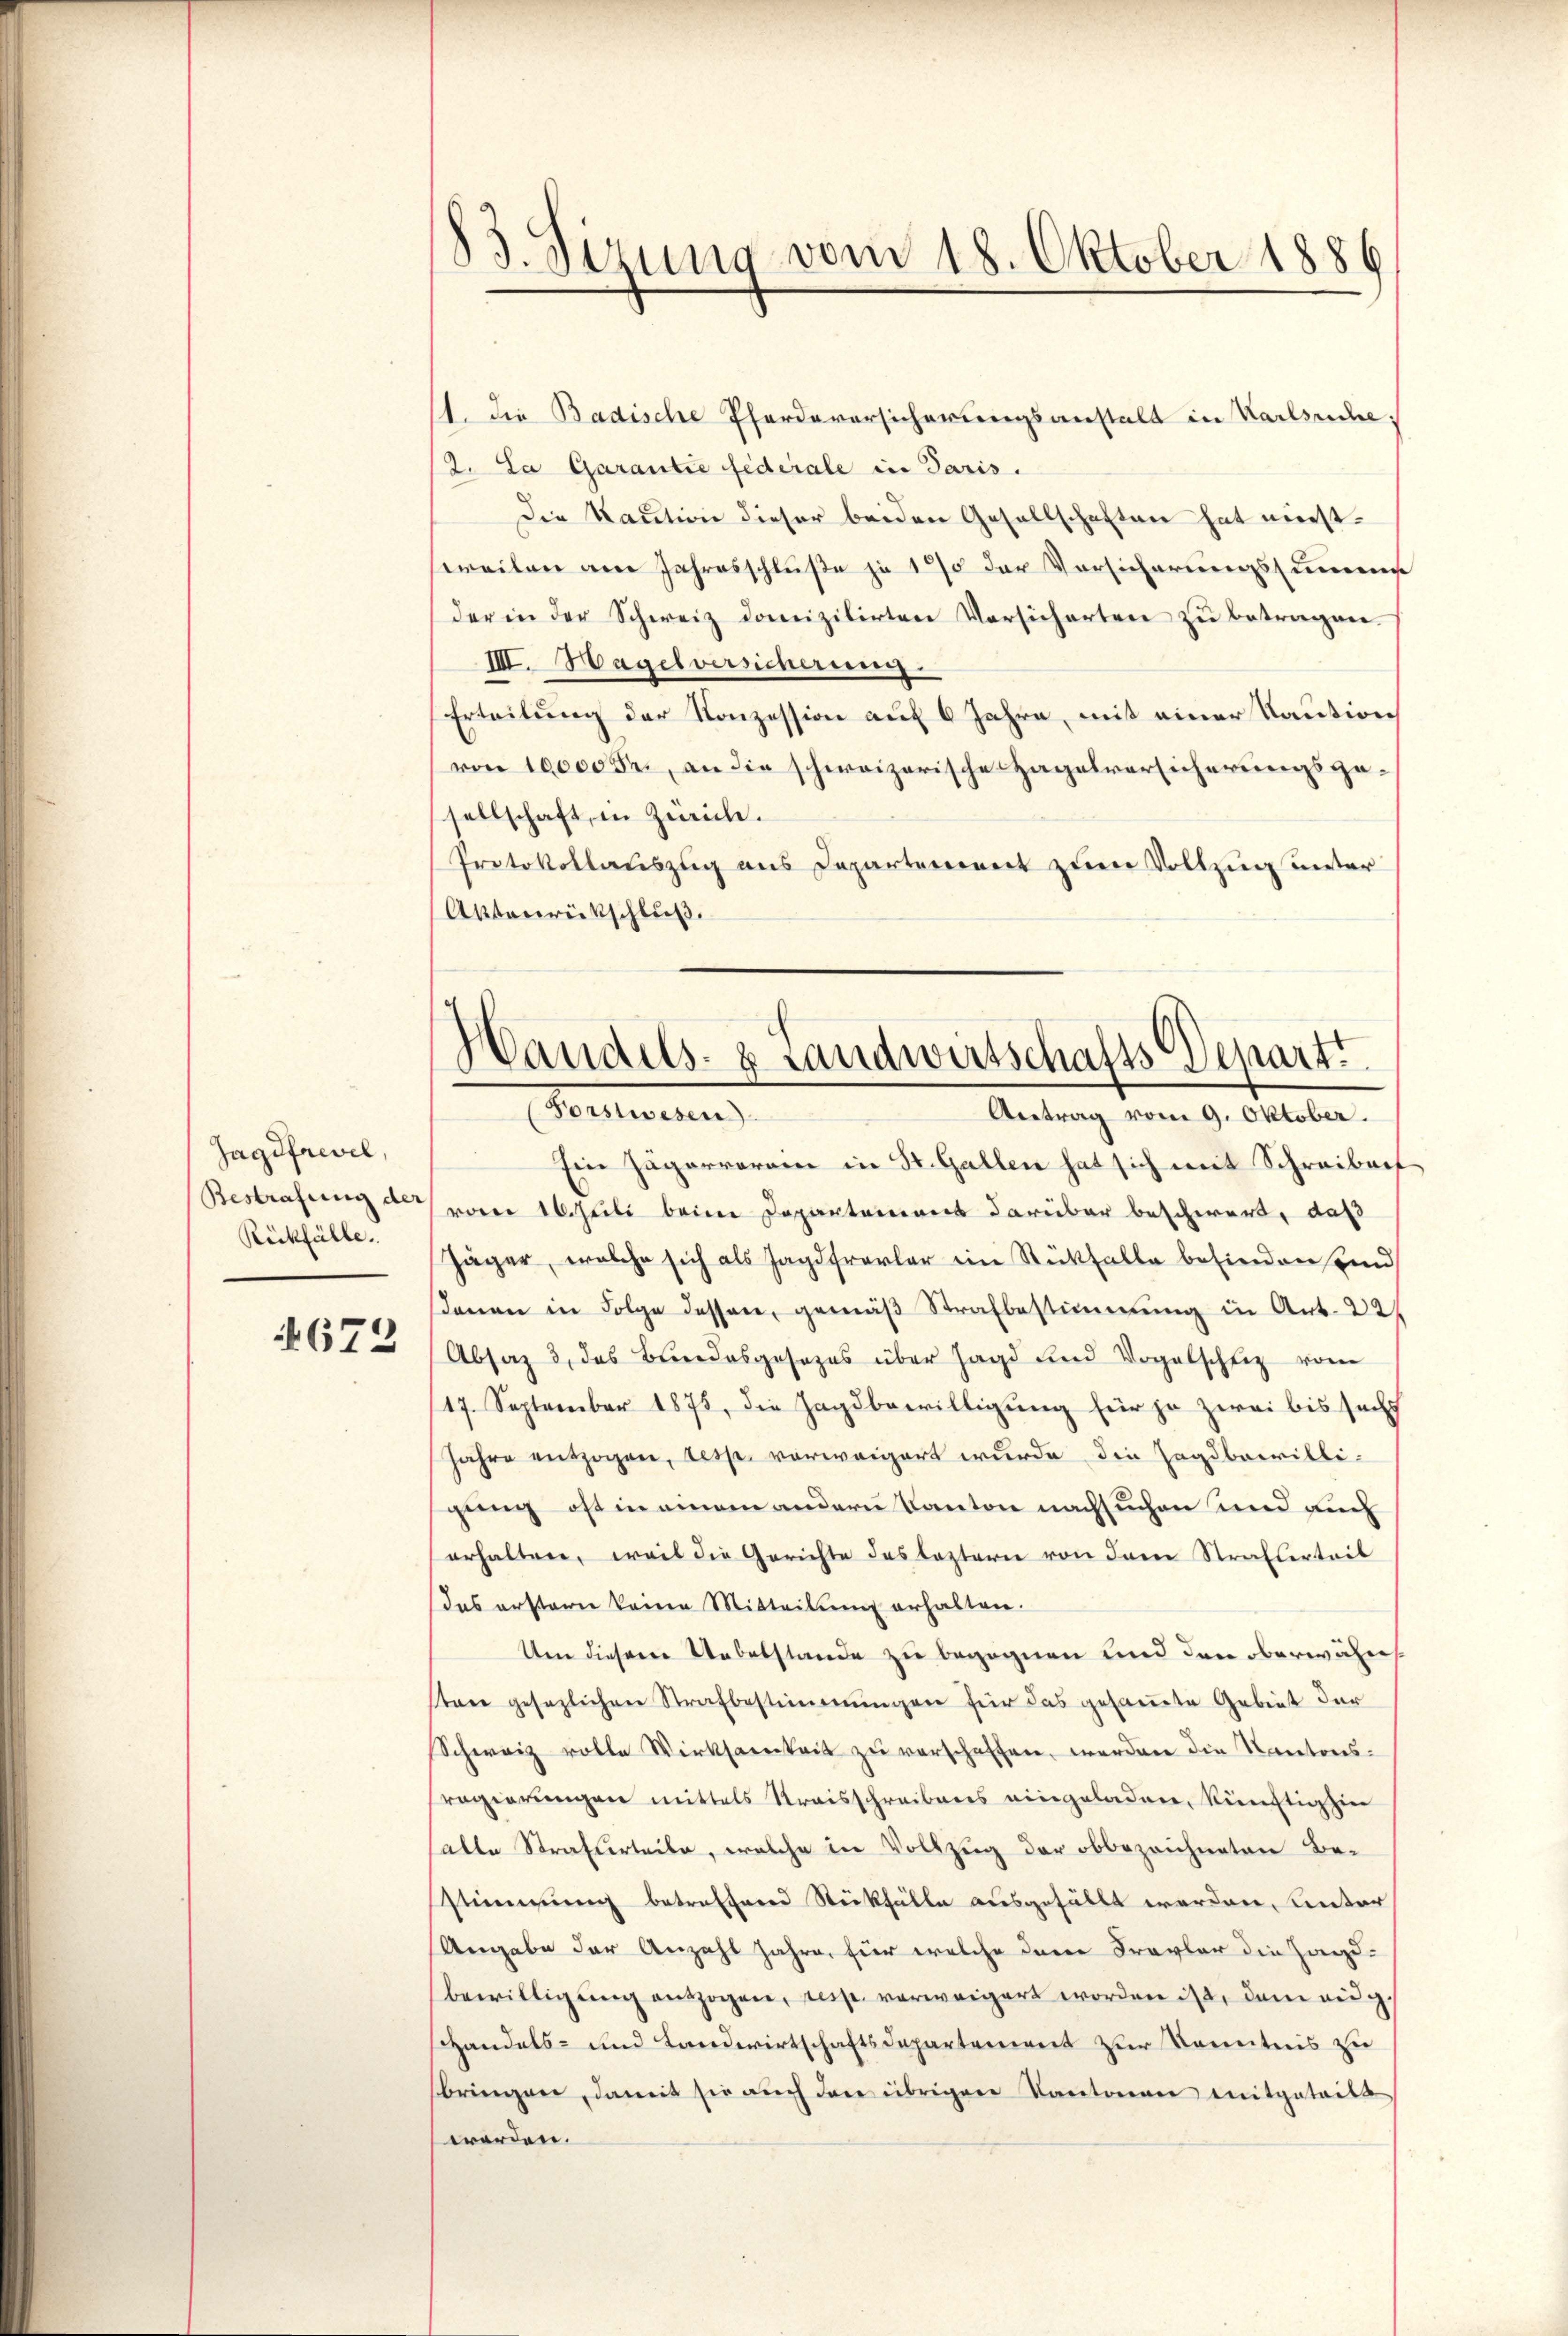
Jagdfrevel,
Bestrafung der
Rückfälle.

672

83. Sirung vom 18. Oktober 1886

11. die Badische Pferdaversicherungsanstalt in Karlsuche¬
2. La Garantie Federale in Paris.
Die Kaution dieser beiden Gesellschaften hat mirstweilen am Jahresschluße je 17 der Vorsicherungssumme
der in der Schweiz danizilirten Versicherten zŭ betragen.
IIII. Hagelversicherung
Erteilung der Konzession auf 6 Jahre, mit einer Kaution
von 10000 Fr., an die schweizerische Hagelversicherungsgesellschaft, in Zürich.
Protokollauszug aus Departement zum Vollzug unter
Aktenrückschluß.

Handels- & Landwirtschafts-Depart
Forstehen
Antrag vom 9. Oktober.

Ein Jägerraran in St. Gallen hat sich mit Schreiben
vom 16. Juli beim Departemens darüber beschwert, daß
Jäger, welche sich als Jagdfrevler ein Rückfalle befinden und
denen in Folge dessen, gemäβ Strafbestimmung in Ant. 221
Absaz 3, das Bundesgesezes über Jagd und Vogelschfiz vom
17. September 1875, die Jagdbewilligung für je zwei bis sechs
Jahre entzogen, resp. vorweigert wurde die Jagdbaritligung oft in einem andern Kanton nachsuchen und auch
erhalten, weil die Gerichte des leztern von dem Strafserteil
das erstern keine Mitteilŭng erhalten.
Uen diesem Ueberstande zu begegnen und den oberwähne
ten gesezlichen Strafbestimmungen für das gesamte Gebiet der
Schweiz volle Wirksamkeit zu verschaffen, werden die Kantons-
regierungen mittels Kraisschreibens eingeladen, künftig hier
alle Strafverteile, welche in Vollzug der obbezeichneten Be-
Stimmung betrefferen Steckfälle ausgefällt werden, unter
Ungabe der Anzahl Jahre, für welche dem Frevler die Handbewilligŭng auszogen, resp. verweigert worden ist, dem eidg
handels- und Landwirtschaftsdepartement zur Kenntnis zu
bringen, damit sie auch den übrigen Kantonen mitgeteilt
worden.